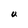
Character: U